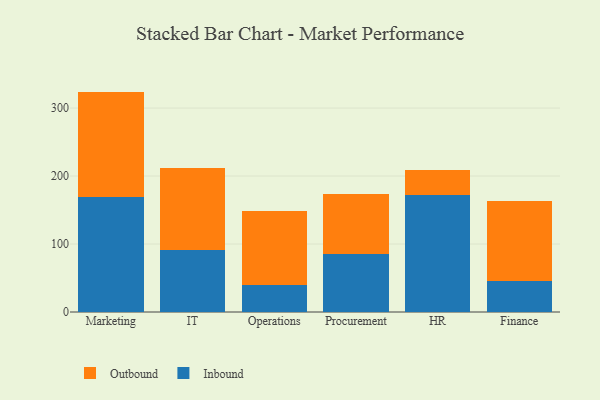
{"axis": {"x": "Department", "y": "Humidity (%)"}, "legend": ["Inbound", "Outbound"], "data": [{"x": "Marketing", "y": 169.2, "type": "Inbound"}, {"x": "Marketing", "y": 155.0, "type": "Outbound"}, {"x": "IT", "y": 91.2, "type": "Inbound"}, {"x": "IT", "y": 121.2, "type": "Outbound"}, {"x": "Operations", "y": 39.3, "type": "Inbound"}, {"x": "Operations", "y": 109.6, "type": "Outbound"}, {"x": "Procurement", "y": 85.6, "type": "Inbound"}, {"x": "Procurement", "y": 88.5, "type": "Outbound"}, {"x": "HR", "y": 171.9, "type": "Inbound"}, {"x": "HR", "y": 36.5, "type": "Outbound"}, {"x": "Finance", "y": 45.4, "type": "Inbound"}, {"x": "Finance", "y": 118.3, "type": "Outbound"}]}